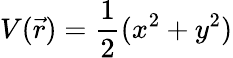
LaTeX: V(\vec{r})=\frac{1}{2}(x^{2}+y^{2})